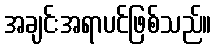
အချင်းအရာပင်ဖြစ်သည်။